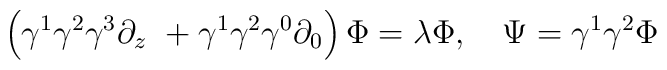
\left( \gamma ^1\gamma ^2\gamma ^3\partial _z\ +\gamma^1\gamma^2\gamma ^0\partial _0\right) \Phi =\lambda \Phi ,\quad \Psi =\gamma^1\gamma ^2\Phi